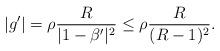
LaTeX: \begin{align*}|g'|=\rho{R\over|1-\beta'|^2}\leq\rho{R\over(R-1)^2}.\end{align*}